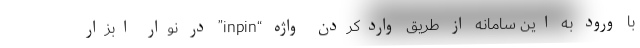
با ورود به این سامانه از طریق واردکردن واژه “inpin” در نوار ابزار